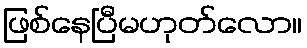
ဖြစ်နေပြီမဟုတ်လော။